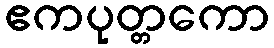
ဧကပုတ္တကော